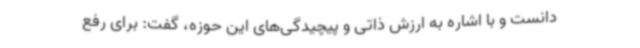
دانست و با اشاره به ارزش ذاتی و پیچیدگی‌های این حوزه، گفت: برای رفع